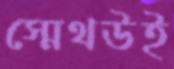
স্মেথউই